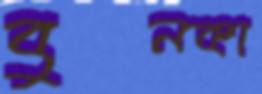
বুনকা